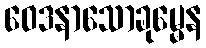
ဝေဒနာသောခုမ္မေန